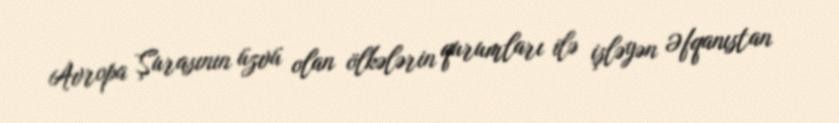
Avropa Şurasının üzvü olan ölkələrin qurumları ilə işləyən Əfqanıstan